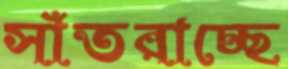
সাঁতরাচ্ছে